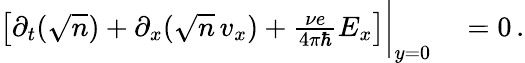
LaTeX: \begin{array}{rl}{\left[\partial_{t}(\sqrt{n})+\partial_{x}(\sqrt{n}\, v_{x})+\frac{\nu e}{4\pi\hbar}E_{x}\right]\bigg|_{y=0}}&{{}=0\, .}\end{array}